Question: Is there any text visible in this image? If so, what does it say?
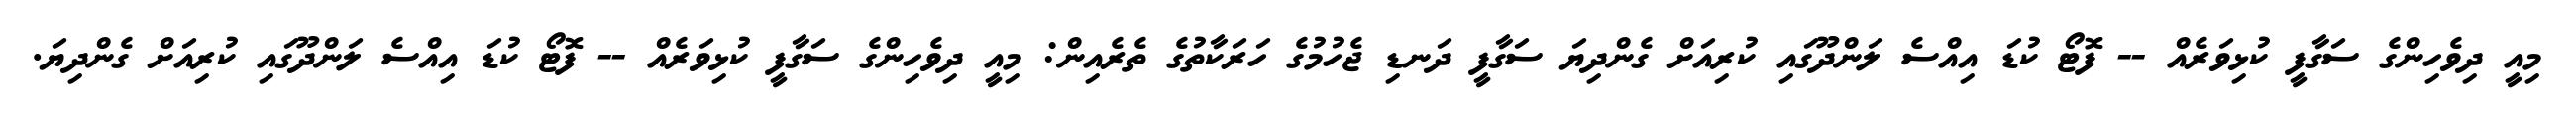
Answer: މިއީ ދިވެހިންގެ ސަގާފީ ކުޅިވަރެއް -- ފޮޓޯ ކުޑަ އިއްސެ ލަންދޫގައި ކުރިއަށް ގެންދިޔަ ސަގާފީ ދަނޑި ޖެހުމުގެ ހަރަކާތުގެ ތެރެއިން: މިއީ ދިވެހިންގެ ސަގާފީ ކުޅިވަރެއް -- ފޮޓޯ ކުޑަ އިއްސެ ލަންދޫގައި ކުރިއަށް ގެންދިޔަ.